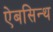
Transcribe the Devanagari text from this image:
ऐबसिन्थ